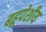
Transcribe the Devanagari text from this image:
बहूपेशीय